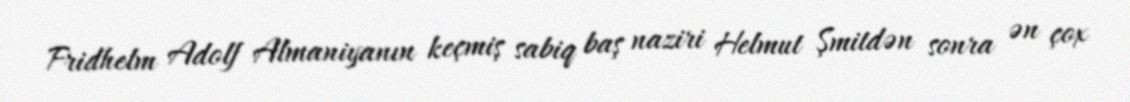
Fridhelm Adolf Almaniyanın keçmiş sabiq baş naziri Helmut Şmitdən sonra ən çox